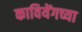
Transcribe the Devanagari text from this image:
कावियेंगच्या